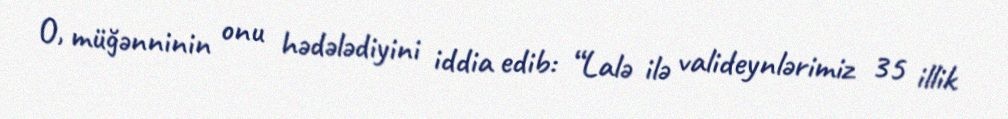
O, müğənninin onu hədələdiyini iddia edib: “Lalə ilə valideynlərimiz 35 illik